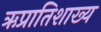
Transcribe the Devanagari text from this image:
ऋप्रातिशाख्य